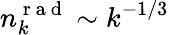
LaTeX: n_{k}^{\mathrm{~r~a~d~}}\sim k^{-1/3}